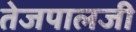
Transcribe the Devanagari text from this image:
तेजपालजी